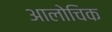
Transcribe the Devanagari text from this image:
आलोचिक